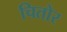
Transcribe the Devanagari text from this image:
चितोर